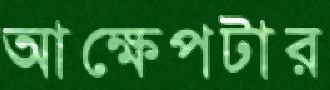
আক্ষেপটার